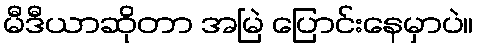
မီဒီယာဆိုတာ အမြဲ ပြောင်းနေမှာပဲ။